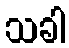
သခါ